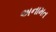
અનામત